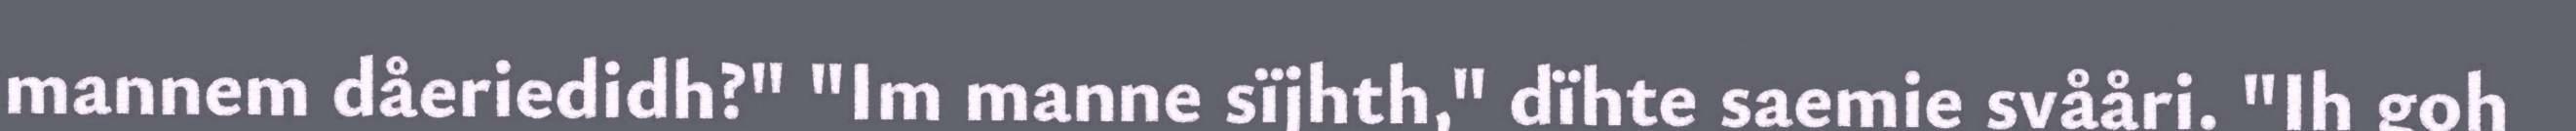
mannem dåeriedidh?" "Im manne sïjhth," dïhte saemie svååri. "Ih goh